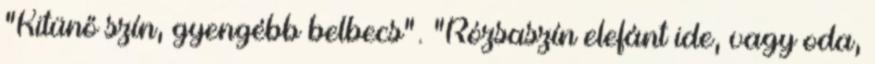
"Kitünő szín, gyengébb belbecs". "Rózsaszín elefánt ide, vagy oda,